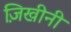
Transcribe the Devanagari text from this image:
ज़िखीनी